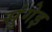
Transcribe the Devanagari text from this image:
सुंगेइ